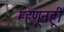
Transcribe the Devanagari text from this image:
म्हणूनहूी